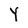
Character: Y